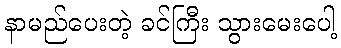
နာမည်ပေးတဲ့ ခင်ကြီး သွားမေးပေါ့